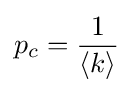
p_{c}={\frac {1}{\langle k\rangle }}